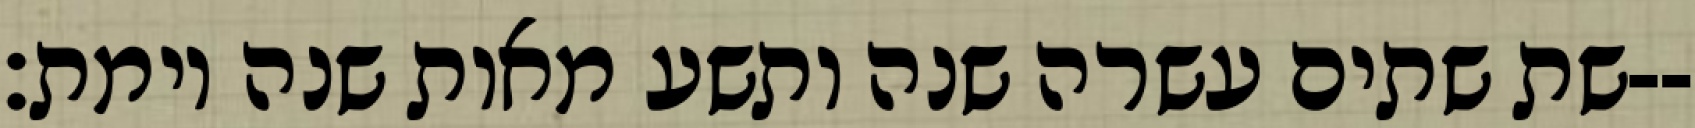
שת שתים עשרה שנה ותשע מאות שנה וימת׃--